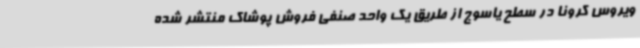
ویروس کرونا در سطح یاسوج از طریق یک واحد صنفی فروش پوشاک منتشر شده